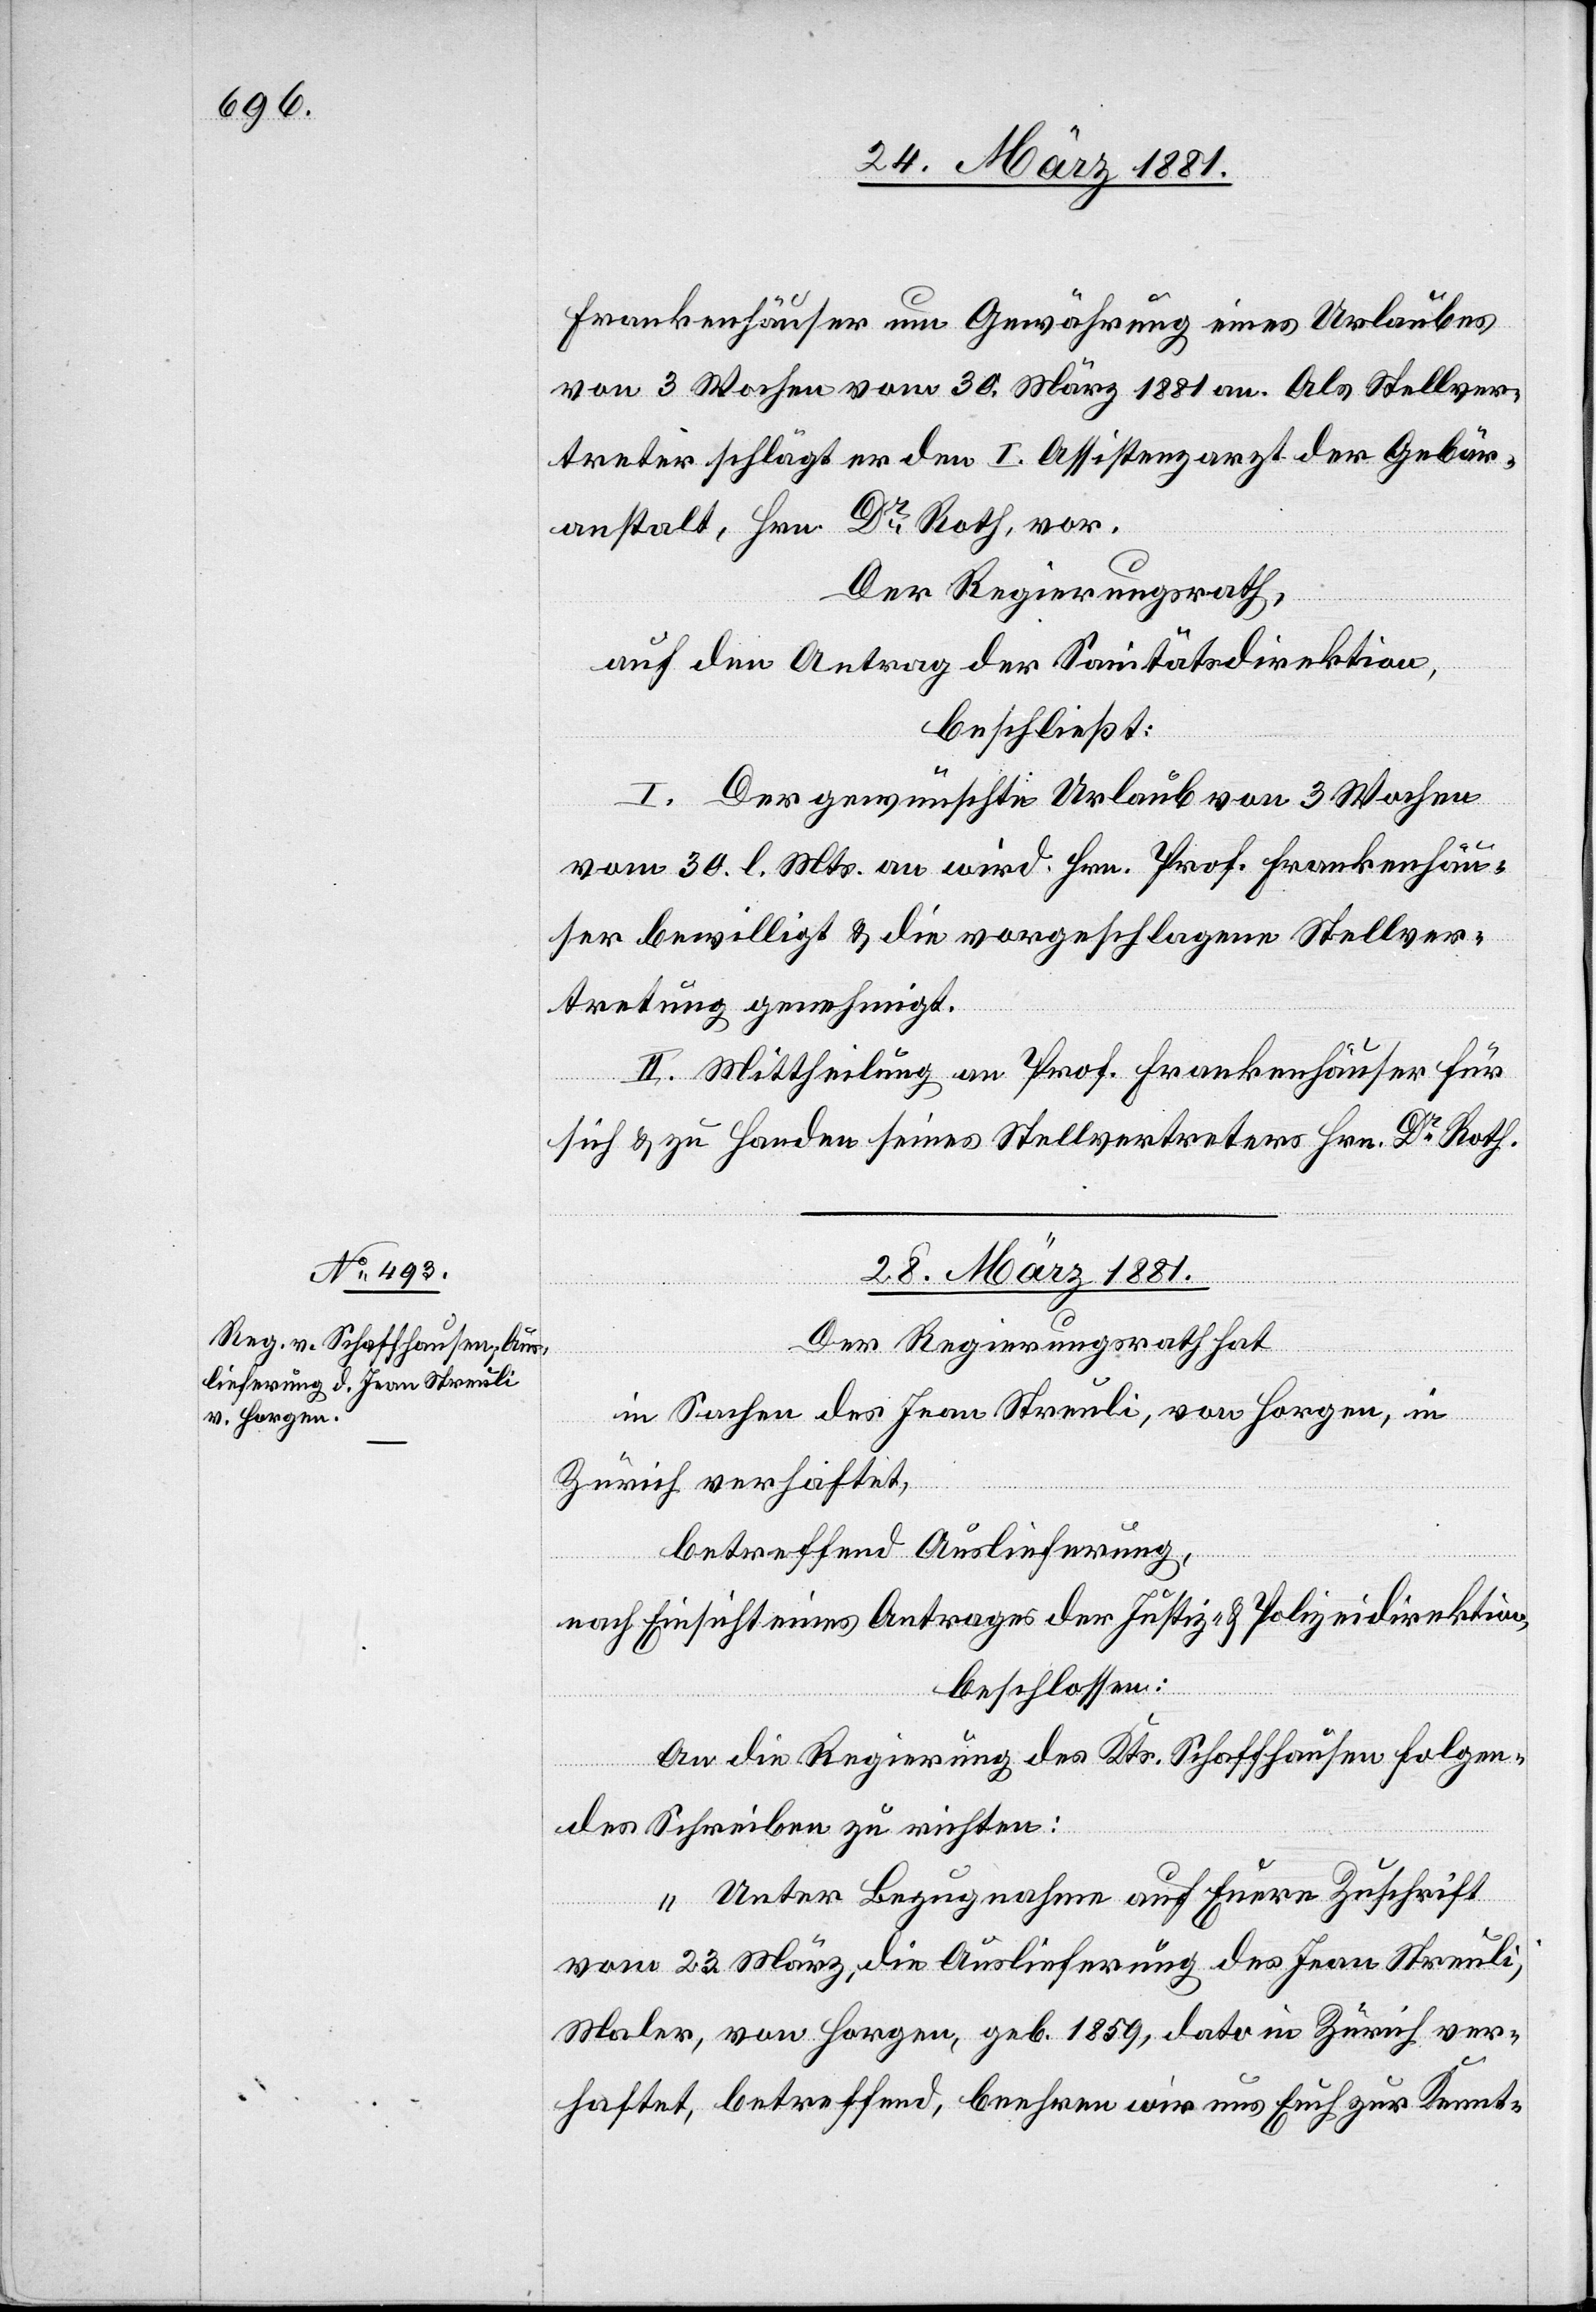
Frankenhäuser um Gewährung eines Urlaubes
von 3 Wochen vom 30. März 1881 an. Als Stellver¬
treter schlägt er den I. Assistenzarzt der Gebär¬
anstalt, Hrn. Dr Roth vor.
Der Regierungsrath,
auf den Antrag der Sanitätsdirektion,
beschließt:
I. Der gewünschte Urlaub von 3 Wochen
vom 30. l. Mts. an wird Hrn. Prof. Frankenhäu¬
ser bewilligt & die vorgeschlagene Stellver¬
tretung genehmigt.
II. Mittheilung an Prof. Frankenhäuser für
sich & zu Handen seines Stellvertreters Hrn. Dr Roth.
28. März 1881.
Der Regierungsrath hat
in Sachen des Jean Streuli, von Horgen, in
Zürich verhaftet,
betreffend Auslieferung,
nach Einsicht eines Antrages der Justiz- & Polizeidirektion,
beschlossen:
An die Regierung des Kts. Schaffhausen folgen¬
des Schreiben zu richten:
„Unter Bezugnahme auf Euere Zuschrift
vom 23. März, die Auslieferung des Jean Streuli,
Maler, von Horgen, geb. 1859, dato in Zürich ver¬
haftet, betreffend, beehren wir uns Euch zur Kennt-